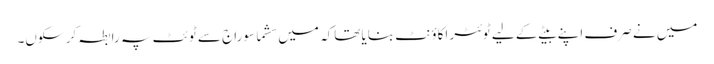
میں نے صرف اپنے بیٹے کے لیے ٹوئٹر اکاؤنٹ بنایا تھاکہ میں سشما سوراج سے ٹوئٹ پہ رابطہ کر سکوں۔